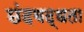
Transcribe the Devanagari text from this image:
छंदबद्धता